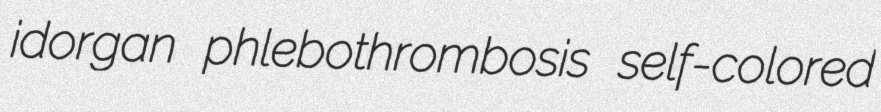
idorgan phlebothrombosis self-colored